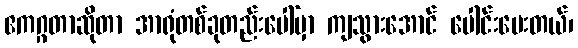
ဧကဂ္ဂတာဆိုတာ အာရုံတစ်ခုတည်းပေါ်မှာ ကျသွားအောင် ပေါင်းပေးတယ်၊